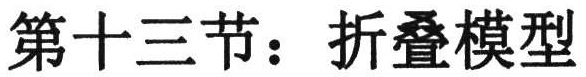
第十三节：折叠模型